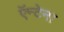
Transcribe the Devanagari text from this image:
ऍन्टेना